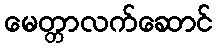
မေတ္တာလက်ဆောင်